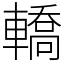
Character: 轎